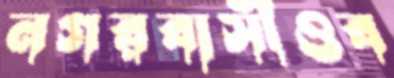
নগরবাসীওব